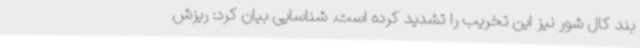
بند کال شور نیز این تخریب را تشدید کرده است. شناسایی بیان کرد: ریزش